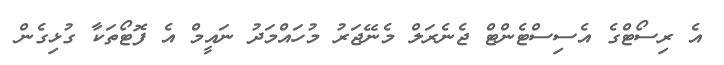
އެ ރިސޯޓްގެ އެސިސްޓެންޓް ޖެނެރަލް މެނޭޖަރު މުހައްމަދު ނައީމް އެ ފޮޓޯތަކާ ގުޅިގެން